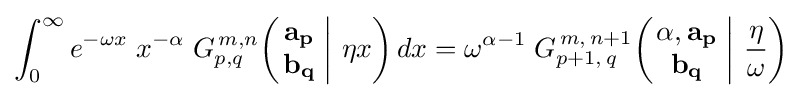
\int _{0}^{\infty }e^{-\omega x}\;x^{-\alpha }\;G_{p,q}^{\,m,n}\!\left(\left.{\begin{matrix}\mathbf {a_{p}} \\\mathbf {b_{q}} \end{matrix}}\;\right|\,\eta x\right)dx=\omega ^{\alpha -1}\;G_{p+1,\,q}^{\,m,\,n+1}\!\left(\left.{\begin{matrix}\alpha ,\mathbf {a_{p}} \\\mathbf {b_{q}} \end{matrix}}\;\right|\,{\frac {\eta }{\omega }}\right)